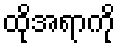
ထိုအရာကို